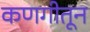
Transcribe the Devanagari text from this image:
कणगीतून